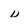
Character: v